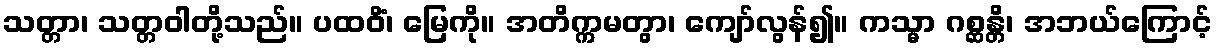
သတ္တာ၊ သတ္တဝါတို့သည်။ ပထဝိံ၊ မြေကို။ အတိက္ကမတွာ၊ ကျော်လွန်၍။ ကသ္မာ ဂစ္ဆန္တိ၊ အဘယ်ကြောင့်